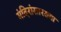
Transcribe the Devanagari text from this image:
मंदिरांसारख्या